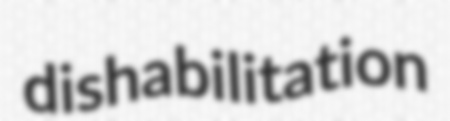
dishabilitation